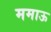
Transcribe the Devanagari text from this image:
ममाऊ